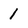
Character: 1